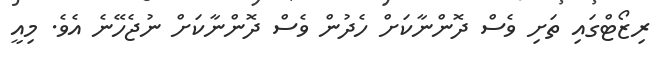
ރިޒޯޓްގައި ތަށި ވެސް ދޮންނާކަށް ހެދުން ވެސް ދޮންނާކަށް ނުޖެހޭނެ އެވެ. މިއީ